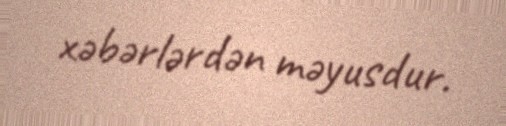
xəbərlərdən məyusdur.